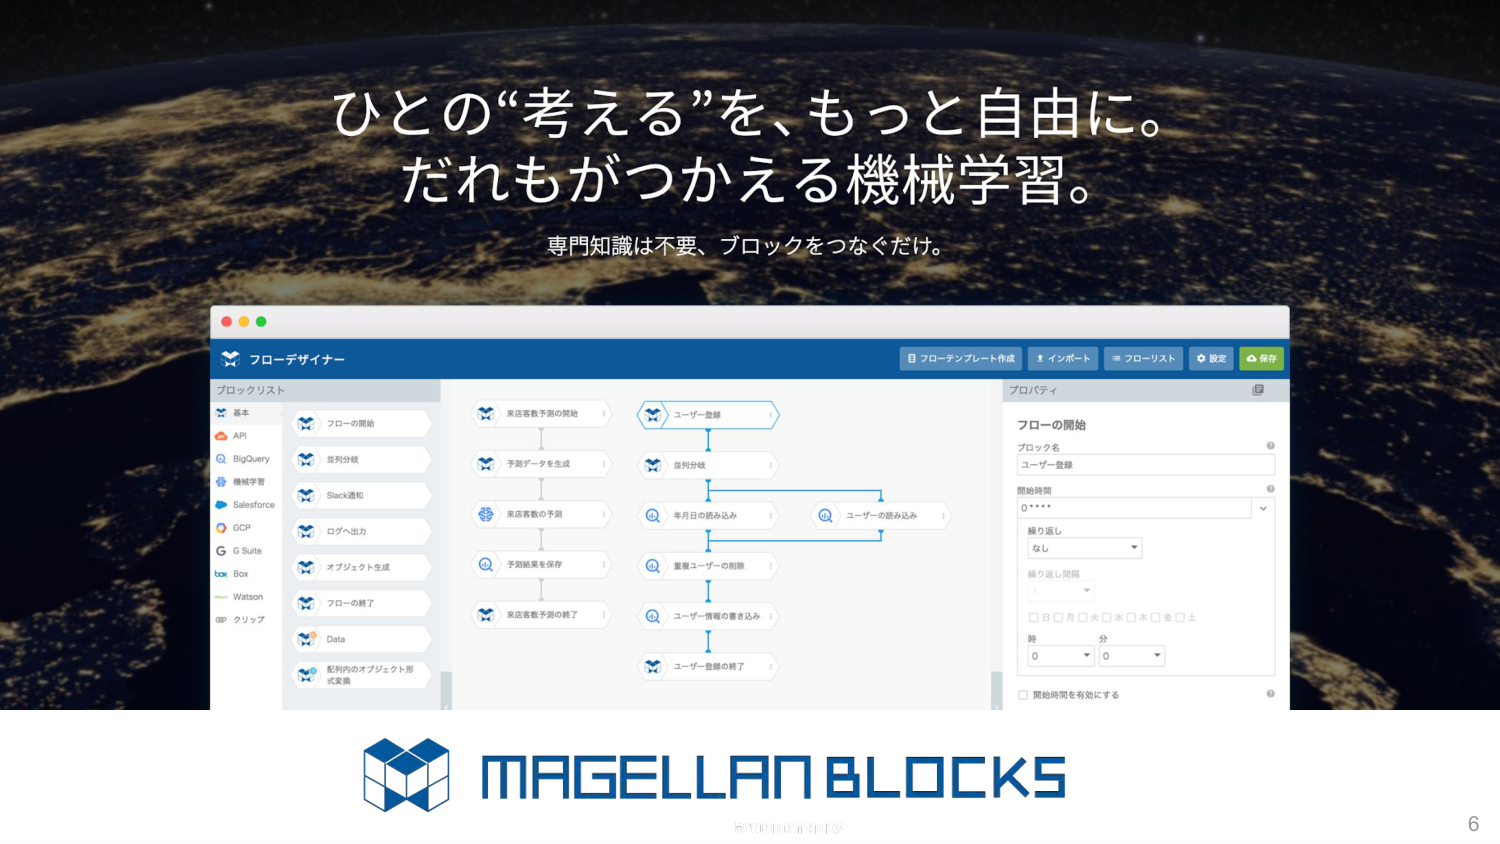
ひとの“考える”を、もっと自由に。
だれもがつかえる機械学習。
専門知識は不要、ブロックをつなぐだけ。

フローデザイナー
ブロックリスト
基本
API
BigQuery
機械学習
Salesforce
GCP
G Suite
Box
Watson
クリップ
フローの開始
並列分岐
Slack通知
ログへ出力
オブジェクト生成
フローの終了
Data
配列内のオブジェクト形式変換

来店客数予測の開始
予測データを生成
来店客数の予測
予測結果を保存
来店客数予測の終了
ユーザー登録
並列分岐
年月日の読み込み
ユーザーの読み込み
重複ユーザーの削除
ユーザー情報の書き込み
ユーザー登録の終了

フローテンプレート作成
インポート
フローリスト
設定
保存

プロパティ
フローの開始
ブロック名
ユーザー登録
開始時間
0:****
繰り返し
なし
繰り返し間隔
□日□月□火□水□木□金□土
時
0
分
0
開始時間を有効にする

MAGELLAN BLOCKS
6